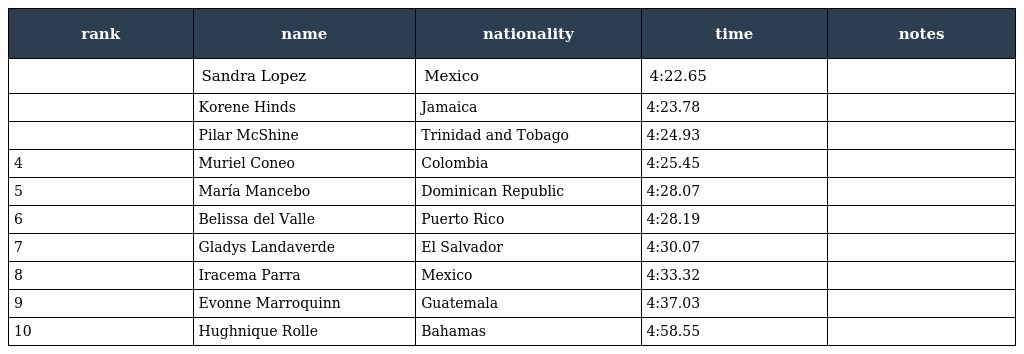
| rank | name | nationality | time | notes |
 | --- | --- | --- | --- | --- |
 |  | Sandra Lopez | Mexico | 4:22.65 |  |
 |  | Korene Hinds | Jamaica | 4:23.78 |  |
 |  | Pilar McShine | Trinidad and Tobago | 4:24.93 |  |
 | 4 | Muriel Coneo | Colombia | 4:25.45 |  |
 | 5 | María Mancebo | Dominican Republic | 4:28.07 |  |
 | 6 | Belissa del Valle | Puerto Rico | 4:28.19 |  |
 | 7 | Gladys Landaverde | El Salvador | 4:30.07 |  |
 | 8 | Iracema Parra | Mexico | 4:33.32 |  |
 | 9 | Evonne Marroquinn | Guatemala | 4:37.03 |  |
 | 10 | Hughnique Rolle | Bahamas | 4:58.55 |  |